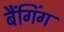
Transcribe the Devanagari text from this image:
बैंगिंग